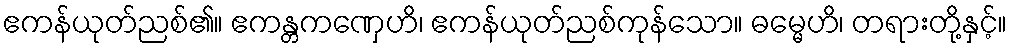
ဧကန်ယုတ်ညစ်၏။ ဧကန္တကဏှေဟိ၊ ဧကန်ယုတ်ညစ်ကုန်သော။ ဓမ္မေဟိ၊ တရားတို့နှင့်။